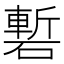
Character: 磛